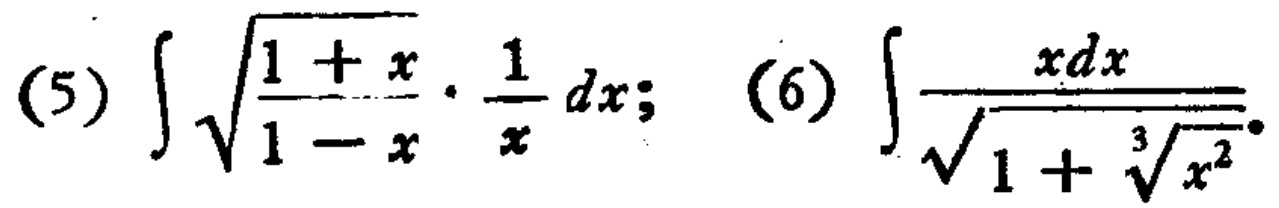
(5) \(\int\sqrt{\frac{1 + x}{1 - x}}\cdot\frac{1}{x}dx\); (6) \(\int\frac{xdx}{\sqrt{1 + \sqrt[3]{x^{2}}}}\)